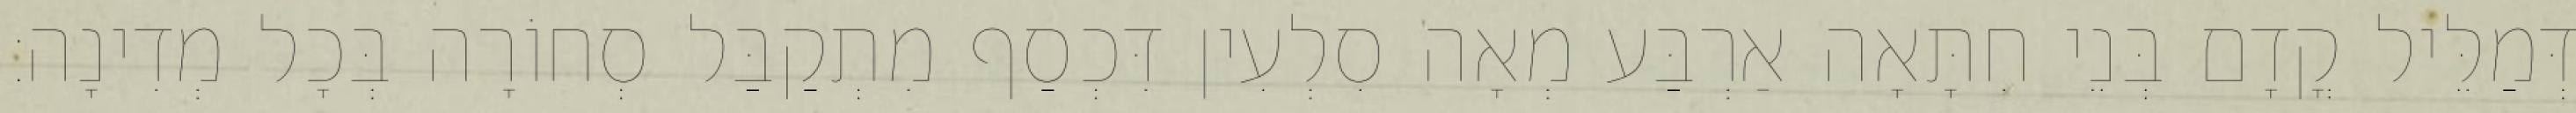
דְּמַלֵּיל קֳדָם בְּנֵי חִתָּאָה אַרְבַּע מְאָה סִלְעִין דִּכְסַף מִתְקַבַּל סְחוֹרָה בְּכָל מְדִינָה׃